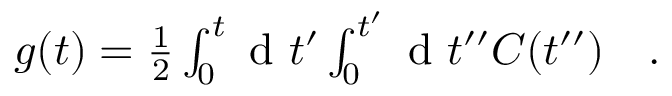
\begin{array} { r l } { g ( t ) = \frac { 1 } { 2 } \int _ { 0 } ^ { t } \textrm { d } t ^ { \prime } \int _ { 0 } ^ { t ^ { \prime } } \textrm { d } t ^ { \prime \prime } C ( t ^ { \prime \prime } ) } & { { } . } \end{array}